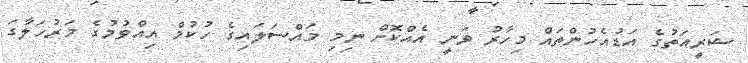
ޝަރީއަތުގެ އަޑުއެހުންތައް މިހާރު ވަނީ އެއްކޮށް ނިމި މައްސަލައިގެ ހުކުމް އިއްވުމުގެ މަރުހަލާގަ